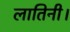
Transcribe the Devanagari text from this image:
लातिनी।